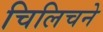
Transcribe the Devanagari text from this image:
चिलिचने